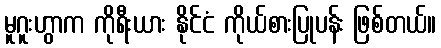
မူဂူးဟွာက ကိုရီးယား နိုင်ငံ ကိုယ်စားပြုပန်း ဖြစ်တယ်။